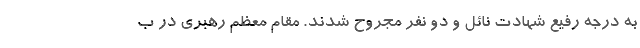
به درجه رفیع شهادت نائل و دو نفر مجروح شدند. مقام معظم رهبری در ب